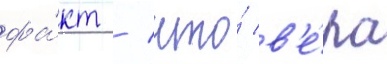
фа́кт / что́ в'е́ра